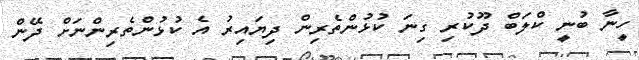
ހީނާ ބުނީ ކްލަބް ދޫކުރި ގިނަ ކުޅުންތެރިން ދިޔައިރު އެ ކުޅުންތެރިންނަށް ދޭން